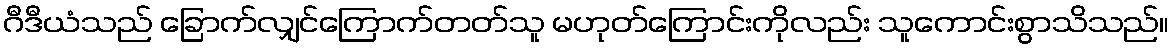
ဂီဒီယံသည် ခြောက်လျှင်ကြောက်တတ်သူ မဟုတ်ကြောင်းကိုလည်း သူကောင်းစွာသိသည်။